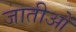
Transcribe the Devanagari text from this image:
जातीओं